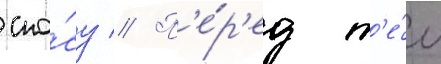
сно́су // П'е́р'ед т'е́м